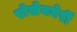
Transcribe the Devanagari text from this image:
रोसेनबेर्री